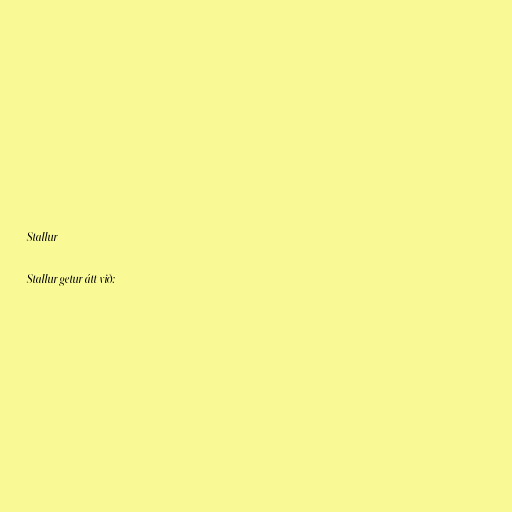
Stallur

Stallur getur átt við: